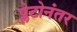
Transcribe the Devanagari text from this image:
प्लेटोनंतर